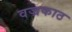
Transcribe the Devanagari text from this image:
वज्रकाठ